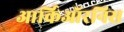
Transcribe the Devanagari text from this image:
आर्किऑरनिस